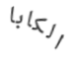
الكابا